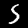
Digit: 5